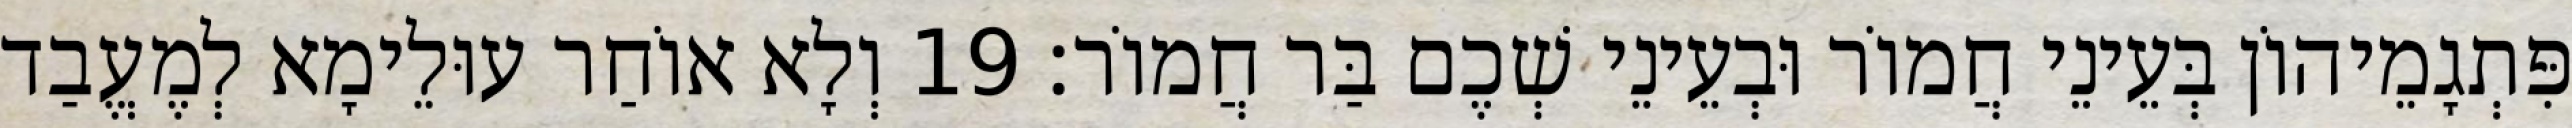
פִּתְגָמֵיהוֹן בְּעֵינֵי חֲמוֹר וּבְעֵינֵי שְׁכֶם בַּר חֲמוֹר׃ 19 וְלָא אוֹחַר עוּלֵימָא לְמֶעֱבַד